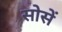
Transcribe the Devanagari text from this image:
सोसें